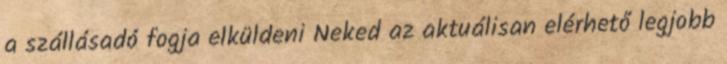
a szállásadó fogja elküldeni Neked az aktuálisan elérhető legjobb